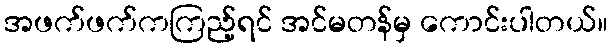
အဖက်ဖက်ကကြည့်ရင် အင်မတန်မှ ကောင်းပါတယ်။